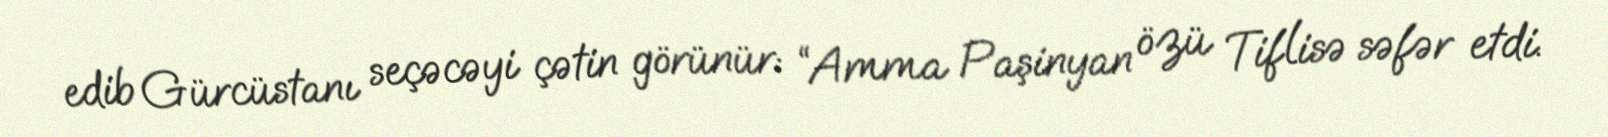
edib Gürcüstanı seçəcəyi çətin görünür: “Amma Paşinyan özü Tiflisə səfər etdi.